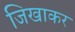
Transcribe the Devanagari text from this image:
जिखाकर